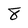
Character: 8